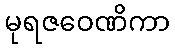
မုရဇဝေဏိကာ